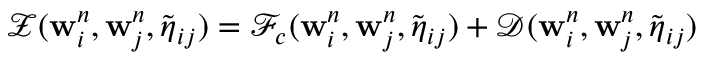
\mathcal { Z } ( \mathbf { w } _ { i } ^ { n } , \mathbf { w } _ { j } ^ { n } , \widetilde { \boldsymbol { \eta } } _ { i j } ) = \mathcal { F } _ { c } ( \mathbf { w } _ { i } ^ { n } , \mathbf { w } _ { j } ^ { n } , \widetilde { \boldsymbol { \eta } } _ { i j } ) + \mathcal { D } ( \mathbf { w } _ { i } ^ { n } , \mathbf { w } _ { j } ^ { n } , \widetilde { \boldsymbol { \eta } } _ { i j } )